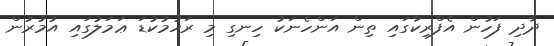
ދާދި ފަހުން އެފްރިކާގައި ތިން އަންހެނަކު ހިނގި މި ރަހުމުކުޑަ ޢަމަލުގައި އުމުރުން